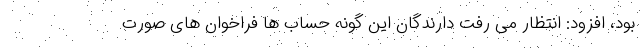
بود، افزود: انتظار می رفت دارندگان این گونه حساب ها فراخوان های صورت